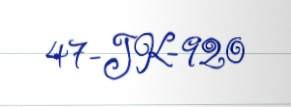
47-JK-920